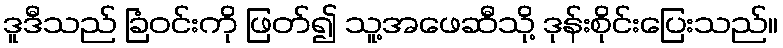
ဒူဒီသည် ခြံဝင်းကို ဖြတ်၍ သူ့အဖေဆီသို့ ဒုန်းစိုင်းပြေးသည်။